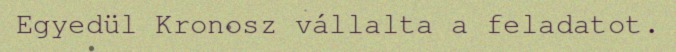
Egyedül Kronosz vállalta a feladatot.